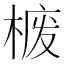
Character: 𪲮